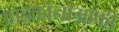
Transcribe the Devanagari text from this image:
आइकोनोग्राफी